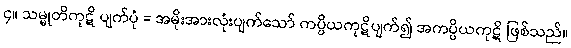
၄။ သမ္မုတိကုဋိ ပျက်ပုံ = အမိုးအားလုံးပျက်သော် ကပ္ပိယကုဋိပျက်၍ အကပ္ပိယကုဋိ ဖြစ်သည်။